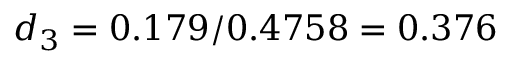
d _ { 3 } = 0 . 1 7 9 / 0 . 4 7 5 8 = 0 . 3 7 6